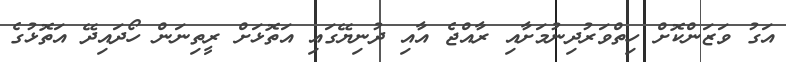
އަގު ވަޒަންކޮށް ހިތްވަރުދިނުމަށާއި ރާއްޖެ އާއި ދުނިޔޭގައި އަތޮޅަށް ރީތިނަން ހޯދައިދޭ އަތޮޅުގެ